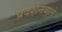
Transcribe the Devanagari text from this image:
प्रदर्शनवाले